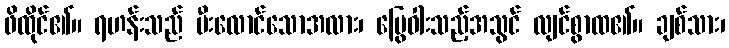
ဖိထိုင်၏။ ရဟန်းသည် မီးလောင်သောအလား၊ မြွေဝါးသည့်အသွင် လျင်စွာထ၏။ ချစ်သား၊